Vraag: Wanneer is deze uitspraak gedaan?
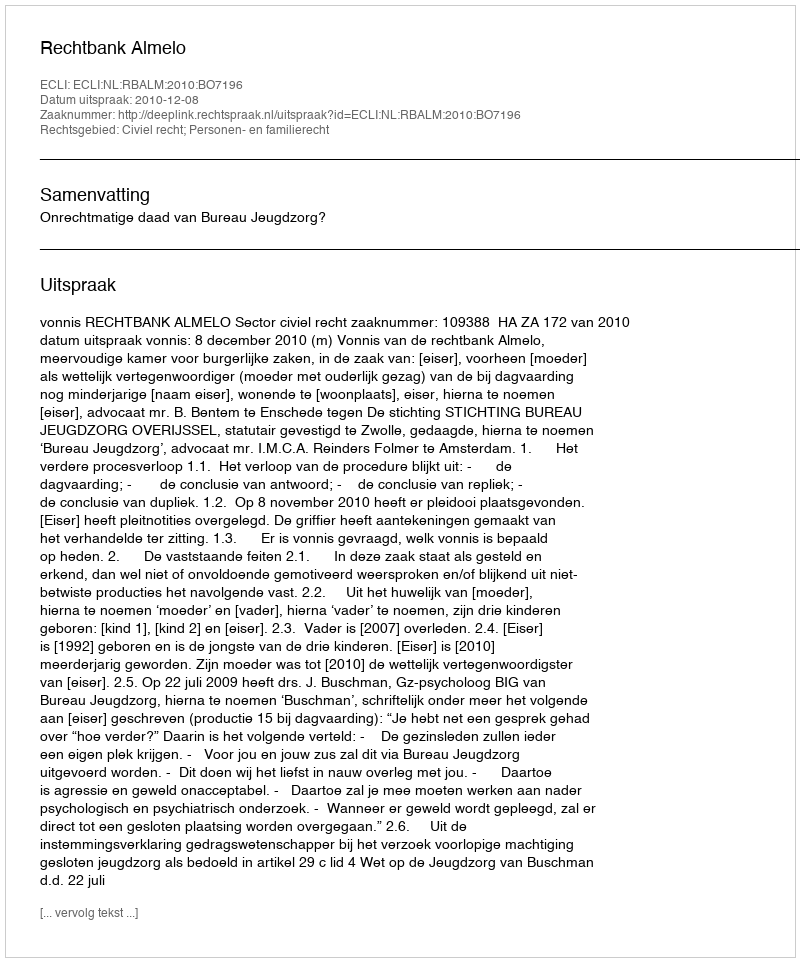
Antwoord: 2010-12-08